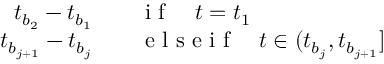
\begin{array} { r l } { t _ { b _ { 2 } } - t _ { b _ { 1 } } } & { { } \quad \mathrm { ~ i ~ f ~ } \quad t = t _ { 1 } } \\ { t _ { b _ { j + 1 } } - t _ { b _ { j } } } & { { } \quad \mathrm { ~ e ~ l ~ s ~ e ~ i ~ f ~ } \quad t \in ( t _ { b _ { j } } , t _ { b _ { j + 1 } } ] } \end{array}